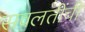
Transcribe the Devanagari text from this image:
सवलतींची